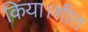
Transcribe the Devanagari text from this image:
किया।शीत